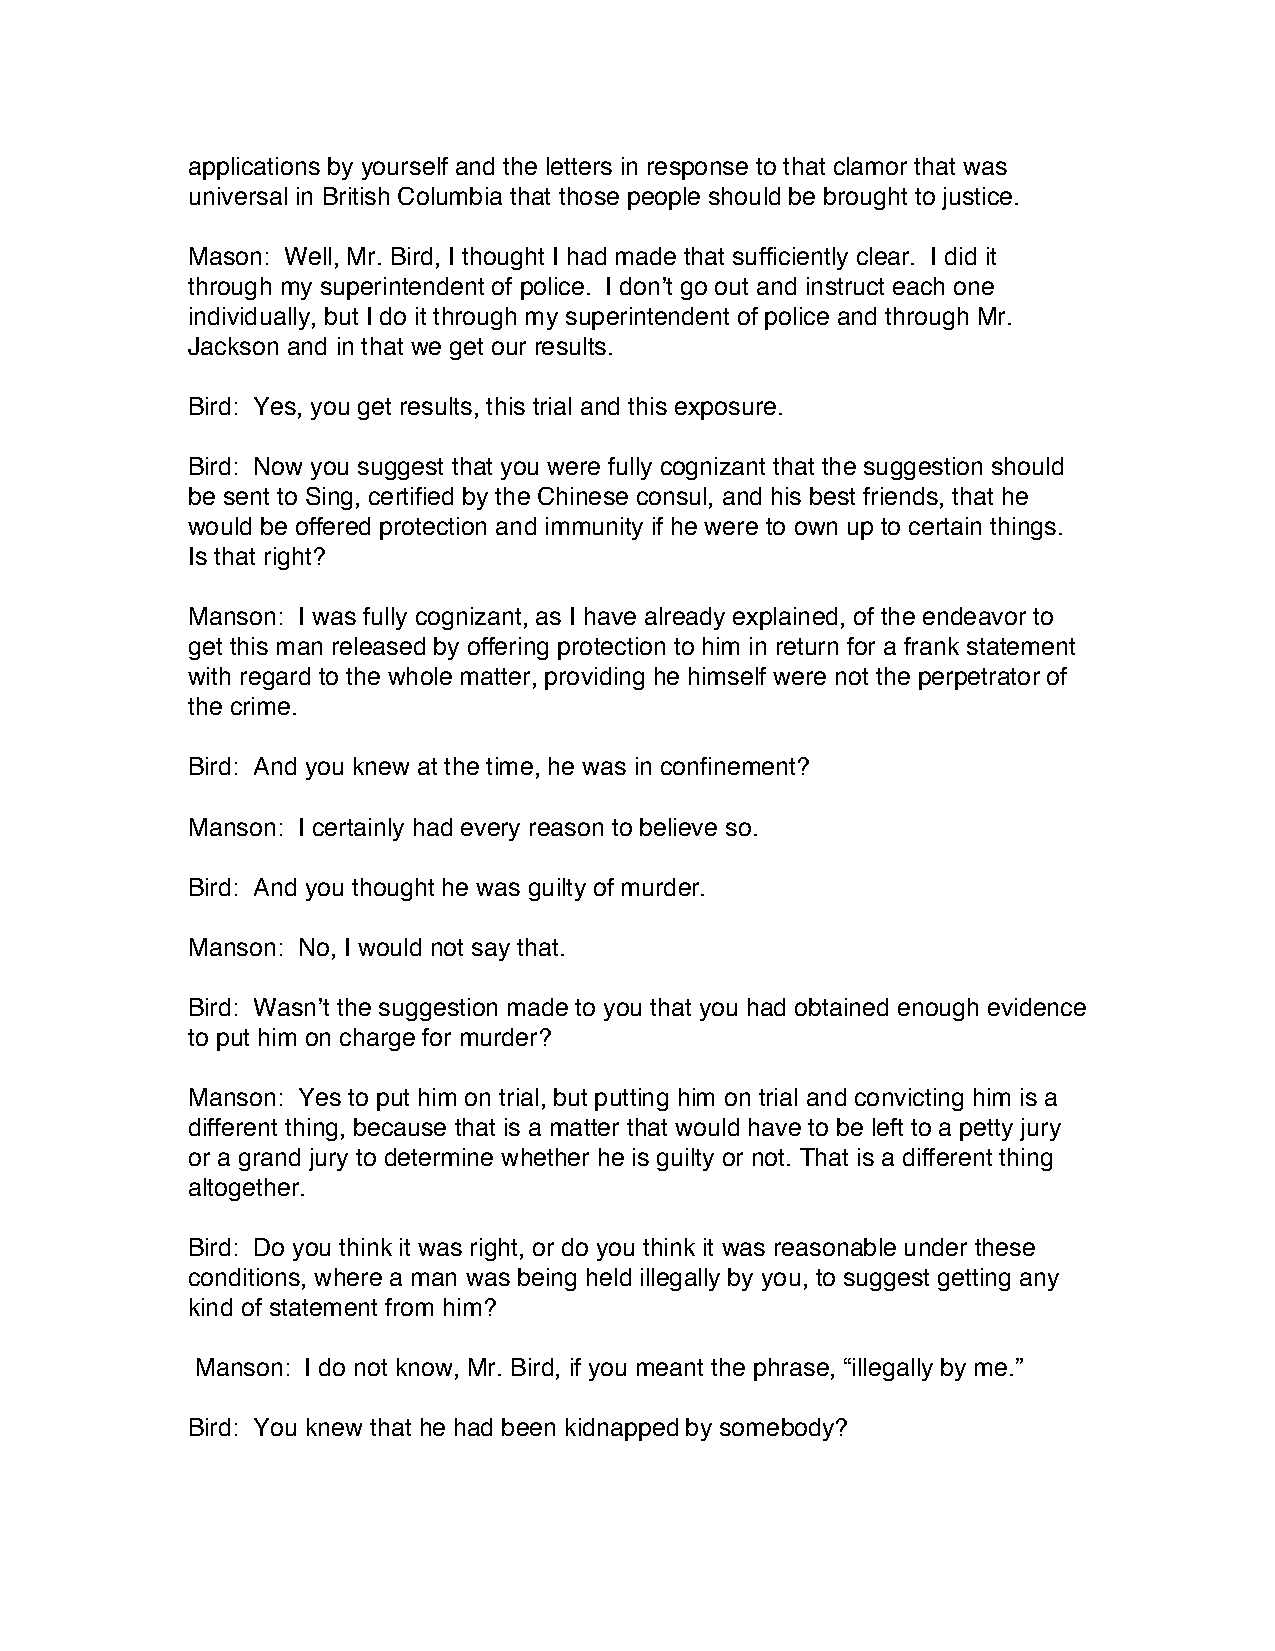
applications by yourself and the letters in response to that clamor that was
 universal in British Columbia that those people should be brought to justice.
 Mason: Well, Mr. Bird, I thought I had made that sufficiently clear. I did it
 through my superintendent of police. I don’t go out and instruct each one
 individually, but I do it through my superintendent of police and through Mr.
 Jackson and in that we get our results.
 Bird: Yes, you get results, this trial and this exposure.
 Bird: Now you suggest that you were fully cognizant that the suggestion should
 be sent to Sing, certified by the Chinese consul, and his best friends, that he
 would be offered protection and immunity if he were to own up to certain things.
 Is that right?
 Manson: I was fully cognizant, as I have already explained, of the endeavor to
 get this man released by offering protection to him in return for a frank statement
 with regard to the whole matter, providing he himself were not the perpetrator of
 the crime.
 Bird: And you knew at the time, he was in confinement?
 Manson: I certainly had every reason to believe so.
 Bird: And you thought he was guilty of murder.
 Manson: No, I would not say that.
 Bird: Wasn’t the suggestion made to you that you had obtained enough evidence
 to put him on charge for murder?
 Manson: Yes to put him on trial, but putting him on trial and convicting him is a
 different thing, because that is a matter that would have to be left to a petty jury
 or a grand jury to determine whether he is guilty or not. That is a different thing
 altogether.
 Bird: Do you think it was right, or do you think it was reasonable under these
 conditions, where a man was being held illegally by you, to suggest getting any
 kind of statement from him?
 Manson: I do not know, Mr. Bird, if you meant the phrase, “illegally by me.”
 Bird: You knew that he had been kidnapped by somebody?